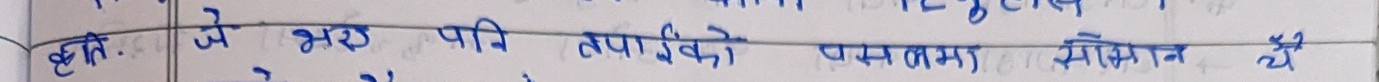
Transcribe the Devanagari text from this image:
कृति. जे भइ परि तपइँको परम कृपा मेनोन थे